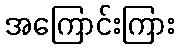
အကြောင်းကြား